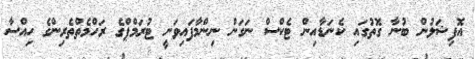
އޮފިޝަލުން ބުނާ ގޮތުގައި ކެނަޑާއިން ޓެކްސް ނަގަން ނިންމާފައިވަނީ ޓުރަމްޕްގެ ރަހްމެތްތެރިންގެ ހިއްސާ